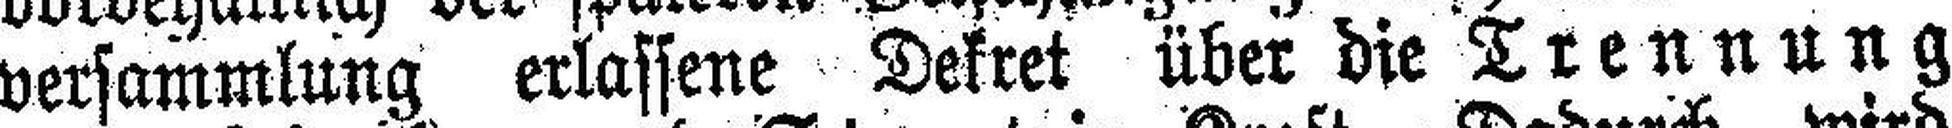
versammlung erlassene Dekret über die Trennung